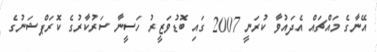
އޭނާގެ މައްޗައް އެދައުވާ ކުރަނީ 2007 ގައި ބޮޑުވަޒީރު ހަސީނާ ސަރުކާރުގެ ކޮރަޕްޝަނުގެ